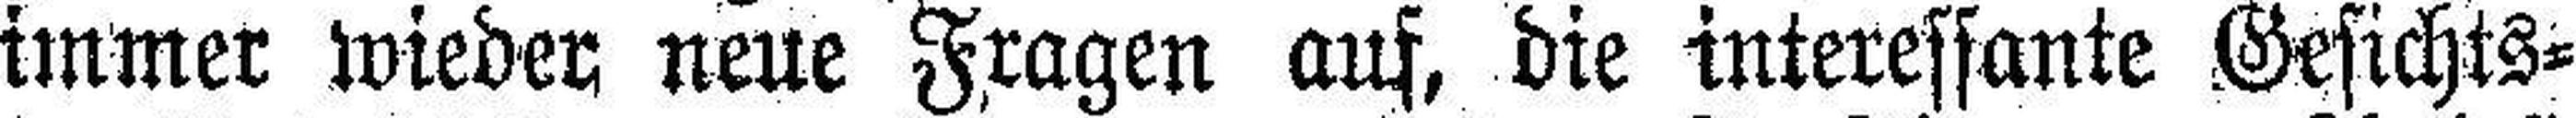
immer wieder neue Fragen auf, die interessante Gesichts¬